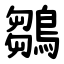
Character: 鶵